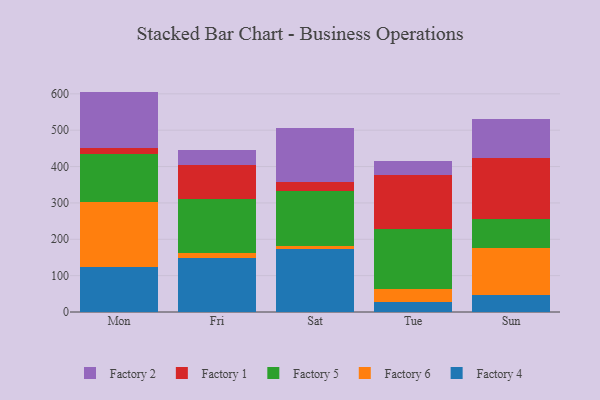
{"axis": {"x": "Day", "y": "Churn Rate (%)"}, "legend": ["Factory 1", "Factory 2", "Factory 4", "Factory 5", "Factory 6"], "data": [{"x": "Mon", "y": 125.1, "type": "Factory 4"}, {"x": "Mon", "y": 178.1, "type": "Factory 6"}, {"x": "Mon", "y": 130.3, "type": "Factory 5"}, {"x": "Mon", "y": 17.1, "type": "Factory 1"}, {"x": "Mon", "y": 155.5, "type": "Factory 2"}, {"x": "Fri", "y": 148.2, "type": "Factory 4"}, {"x": "Fri", "y": 14.0, "type": "Factory 6"}, {"x": "Fri", "y": 148.6, "type": "Factory 5"}, {"x": "Fri", "y": 94.0, "type": "Factory 1"}, {"x": "Fri", "y": 40.9, "type": "Factory 2"}, {"x": "Sat", "y": 174.4, "type": "Factory 4"}, {"x": "Sat", "y": 6.1, "type": "Factory 6"}, {"x": "Sat", "y": 151.7, "type": "Factory 5"}, {"x": "Sat", "y": 25.3, "type": "Factory 1"}, {"x": "Sat", "y": 148.4, "type": "Factory 2"}, {"x": "Tue", "y": 26.7, "type": "Factory 4"}, {"x": "Tue", "y": 36.5, "type": "Factory 6"}, {"x": "Tue", "y": 165.4, "type": "Factory 5"}, {"x": "Tue", "y": 147.2, "type": "Factory 1"}, {"x": "Tue", "y": 39.3, "type": "Factory 2"}, {"x": "Sun", "y": 46.2, "type": "Factory 4"}, {"x": "Sun", "y": 131.1, "type": "Factory 6"}, {"x": "Sun", "y": 78.8, "type": "Factory 5"}, {"x": "Sun", "y": 168.3, "type": "Factory 1"}, {"x": "Sun", "y": 106.6, "type": "Factory 2"}]}